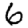
Digit: 6